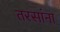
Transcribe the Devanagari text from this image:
तरसांना